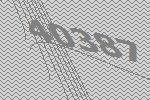
40387